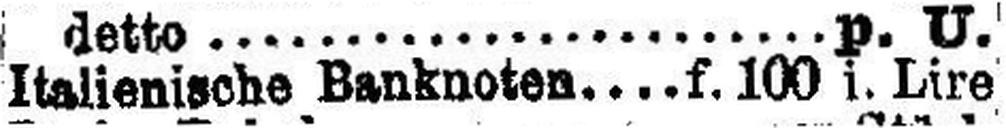
Italienische Banknoten f. 100 i. Lire